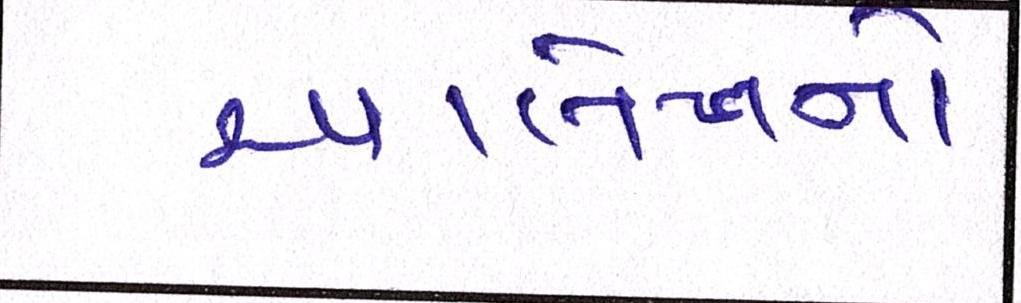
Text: આલેખનો